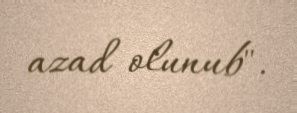
azad olunub".